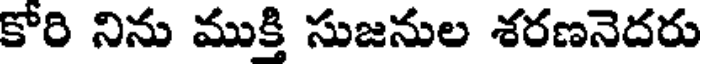
కోరి నిను ముక్తి సుజనుల శరణనెదరు